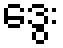
ဒွေး